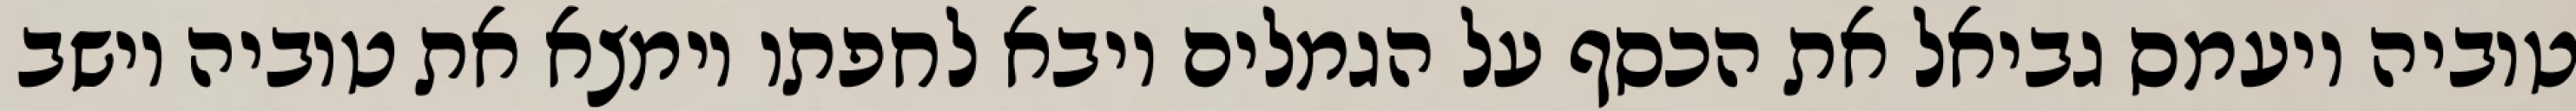
טוביה ויעמס גביאל את הכסף על הגמלים ויבא לחפתו וימצא את טוביה יושב